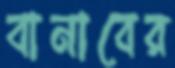
বানাবের